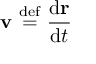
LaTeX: \mathbf { v } \ { \stackrel { \mathrm { d e f } } { = } } \ { \frac { \mathrm { d } \mathbf { r } } { \mathrm { d } t } }